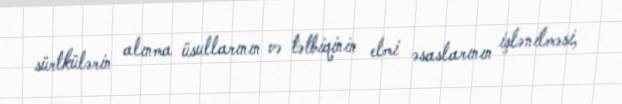
sürtkülərin alınma üsullarının və tətbiqinin elmi əsaslarının işlənilməsi,